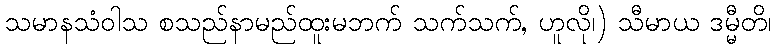
သမာနသံဝါသ စသည်နာမည်ထူးမဘက် သက်သက်, ဟူလို၊) သီမာယ ဒမ္မီတိ၊